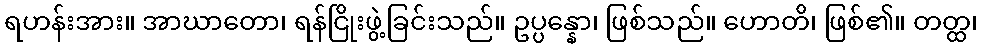
ရဟန်းအား။ အာဃာတော၊ ရန်ငြိုးဖွဲ့ခြင်းသည်။ ဥပ္ပန္နော၊ ဖြစ်သည်။ ဟောတိ၊ ဖြစ်၏။ တတ္ထ၊